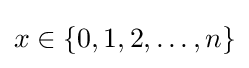
x\in \{0,1,2,\dots ,n\}